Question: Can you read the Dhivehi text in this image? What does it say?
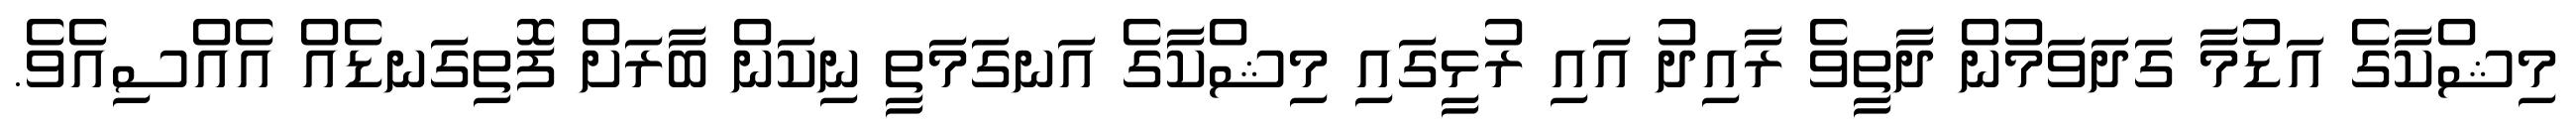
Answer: މިޝްކާގެ އަޑުމާ ގަދަވަމުން ދާތީވެ ރާއިދު އައި ރުޅީގައި މިޝްކާގެ އަނގަމަތީ ނިކަން ބާރަށް ފޮތިގަނޑެއް އެއްސިއެވެ.